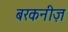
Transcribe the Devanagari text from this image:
बरकनीज़